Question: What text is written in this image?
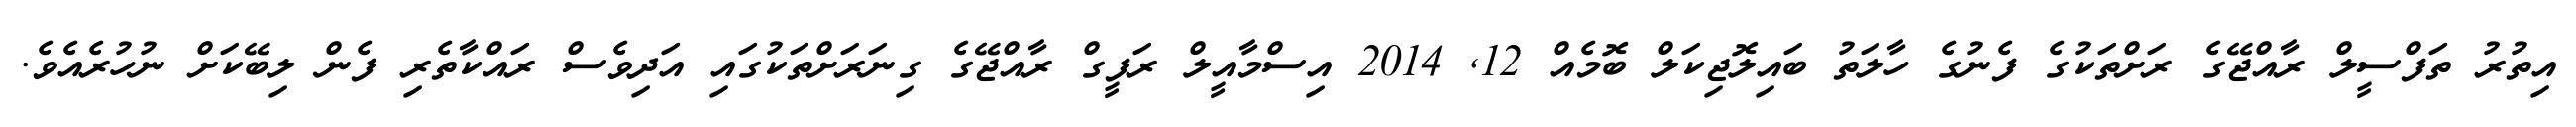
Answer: އިތުރު ތަފްސީލް ރާއްޖޭގެ ރަށްތަކުގެ ފެނުގެ ހާލަތު ބައިލޮޖިކަލް ބޮމެއް 12, 2014 އިސްމާއީލް ރަފީގް ރާއްޖޭގެ ގިނަރަށްތަކުގައި އަދިވެސް ރައްކާތެރި ފެން ލިބޭކަށް ނުހުރެއެވެ.